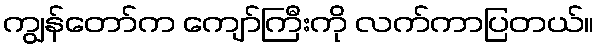
ကျွန်တော်က ကျော်ကြီးကို လက်ကာပြတယ်။